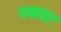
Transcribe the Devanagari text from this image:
पच्हत्तर